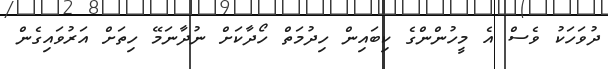
ދުވަހަކު ވެސް އެ މީހުންންގެ ކިބައިން ހިދުމަތް ހޯދާކަށް ނުދާނަމޭ ހިތަށް އަރުވައިގެން